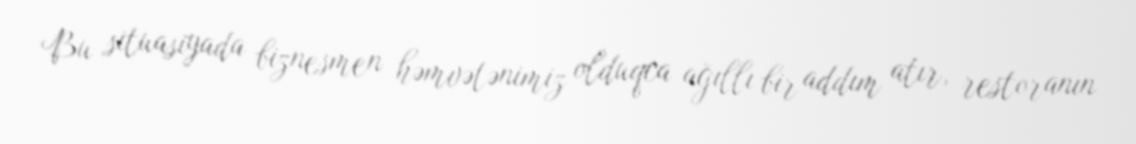
Bu situasiyada biznesmen həmvətənimiz olduqca ağıllı bir addım atır, restoranın